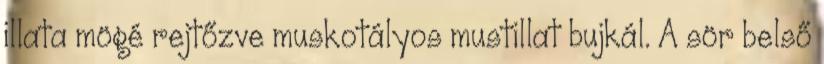
illata mögé rejtőzve muskotályos mustillat bujkál. A sör belső